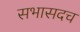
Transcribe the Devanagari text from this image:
सभासदच